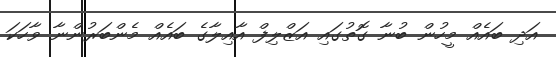
އަދި ބައެއް މީހުން ބުނާ ގޮތުގައި އަޒްލިފް އާއިލާގެ ބައެއް މެންބަރުންނާ ވާހަކަ